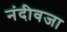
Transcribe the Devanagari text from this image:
नंदीवजा